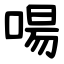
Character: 啺